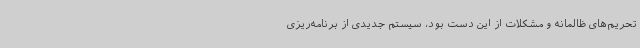
تحریم‌های ظالمانه و مشکلات از این دست بود، سیستم جدیدی از برنامه‌ریزی